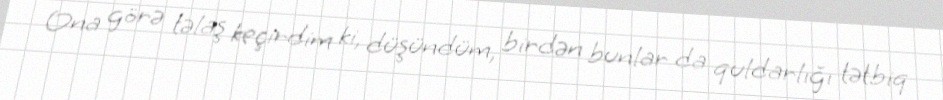
Ona görə təlaş keçirdim ki, düşündüm, birdən bunlar da quldarlığı tətbiq